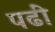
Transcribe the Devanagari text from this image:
पढीं